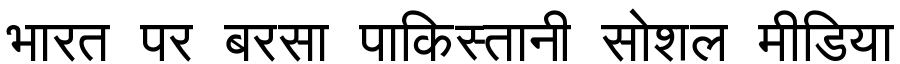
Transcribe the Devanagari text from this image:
भारत पर बरसा पाकिस्तानी सोशल मीडिया